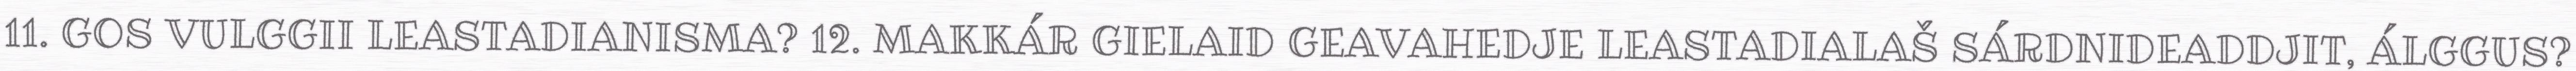
11. GOS VULGGII LEASTADIANISMA? 12. MAKKÁR GIELAID GEAVAHEDJE LEASTADIALAŠ SÁRDNIDEADDJIT, ÁLGGUS?